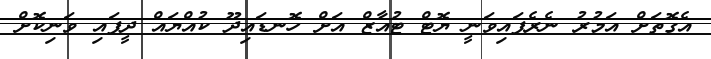
އެގޮތަށް އަމުރު ނެރެފައިވަނީ ޔޮޓް ޓުއާޒް އަށް ހޮނޑައިދޫ ކުއްޔައް ދީފައި ވަނިކޮށް